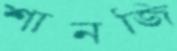
শানজি